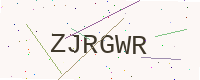
Text: ZJRGWR